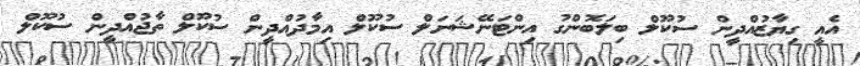
އެއީ ގިޔާޒުއްދީން ސުކޫލް ބިލަބޮންގު އިންޓަނޭޝަނަލް ސުކޫލް އިމާދުއްދީން ސުކޫލް ތާޖުއްދީން ސުކޫލް